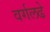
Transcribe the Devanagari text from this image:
वर्गलढे